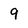
Character: 9